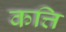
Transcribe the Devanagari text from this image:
कत्ति